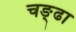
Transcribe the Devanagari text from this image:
चङ्ढा